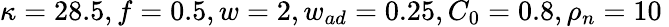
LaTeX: \kappa=28.5,f=0.5,w=2,w_{ad}=0.25,C_{0}=0.8,\rho_{n}=10\